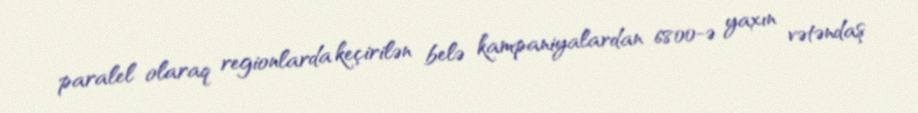
paralel olaraq regionlarda keçirilən belə kampaniyalardan 6800-ə yaxın vətəndaş